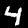
Digit: 4